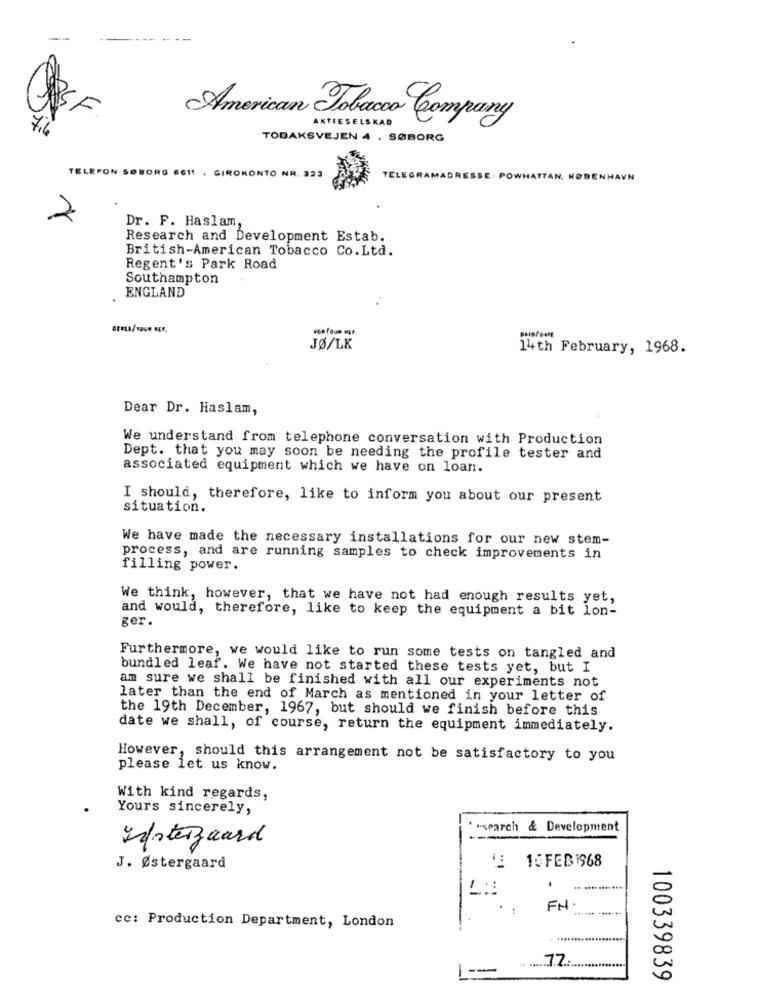
SF
American Tobacco Company
7.6
AKTIESELSKAB
TOBAKSVEJEN 4 . SØBORG
TELEFON SØBORG 6611 , GIROKONTO NR. 323
TELEGRAMADRESSE : POWHATTAN. KØBENHAVN
2
Dr. F. Haslam,
Research and Development Estab.
British-American Tobacco Co.Ltd.
Regent's Park Road
Southampton
ENGLAND
PRIO / PARE
JØ/LK
14th February, 1968.
Dear Dr. Haslam,
We understand from telephone conversation with Production
Dept. that you may soon be needing the profile tester and
associated equipment which we have on loan.
I should, therefore, like to inform you about our present
situation.
We have made the necessary installations for our new stem-
process, and are running samples to check improvements in
filling power.
We think, however, that we have not had enough results yet,
and would, therefore, like to keep the equipment a bit lon-
ger.
Furthermore, we would like to run some tests on tangled and
bundled leaf. We have not started these tests yet, but I
am sure we shall be finished with all our experiments not
later than the end of March as mentioned in your letter of
the 19th December, 1967, but should we finish before this
date we shall, of course, return the equipment immediately.
However, should this arrangement not be satisfactory to you
please let us know.
With kind regards,
Yours sincerely,
' -search & Development
Efterguard
'E 10FEB1968
J. Østergaard
-
FN
cc: Production Department, London
.. .... 7.2 .:
L-
100339839